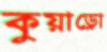
কুয়াড্রো